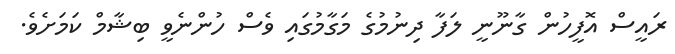
ރައީސް އޮފީހުން ގާނޫނީ ލަފާ ދިނުމުގެ މަގާމުގައި ވެސް ހުންނެވީ ބިޝާމް ކަމަށެވެ.